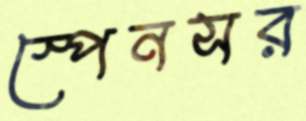
স্পেনসর